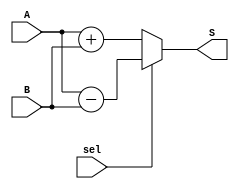
/*--  *******************************************************
--  Computer Architecture Course, Laboratory Sources 
--  Amirkabir University of Technology (Tehran Polytechnic)
--  Department of Computer Engineering (CE-AUT)
--  https://ce[dot]aut[dot]ac[dot]ir
--  *******************************************************
--  All Rights reserved (C) 2019-2020
--  *******************************************************
--  Student ID  : 
--  Student Name: 
--  Student Mail: 
--  *******************************************************
--  Additional Comments:
--
--*/

/*-----------------------------------------------------------
---  Module Name: 32 Bit Adder/Subtractor
---  Description: Module1: 
-----------------------------------------------------------*/
`timescale 1 ns/1 ns

module AdderSubtractor32x32 (
	input  [31:0] A    , // input  [2's complement 32 bits]
	input  [31:0] B    , // input  [2's complement 32 bits]
	input         sel  , // input  [add:sel=0 || sub:sel=1] 
	output [31:0] S      // output [2's complement 32 bits]
);
	// if sel = 0 then add else subtract
	/* write your code here */
	assign S = (sel == 0)? (A+B):(A-B);

endmodule